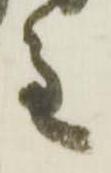
重